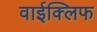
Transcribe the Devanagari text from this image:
वाईक्लिफ